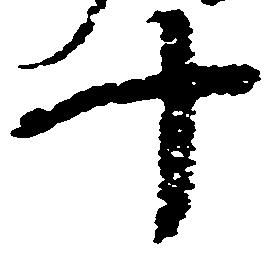
十